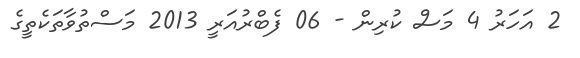
2 އަހަރު 4 މަސް ކުރިން - 06 ފެބްރުއަރީ 2013 މަސްތުވާތަކެތީގެ